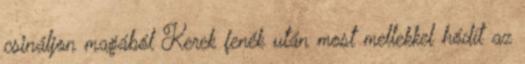
csináljon magából Kerek fenék után most mellekkel hódít az